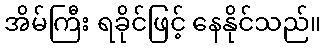
အိမ်ကြီး ရခိုင်ဖြင့် နေနိုင်သည်။